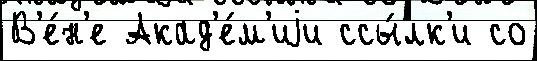
В'е́н'е Акад'е́м'иjи ссы́лк'и со